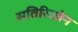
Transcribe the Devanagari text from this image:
सतिरिकोन